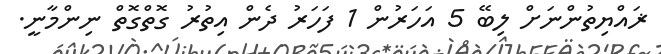
ޜައްޔިތުންނަށް ލިބޭ 5 އަހަރުން 1 ފަހަރު ދެން އިތުރު ގޮތްގޮތް ނިންމާނީ.